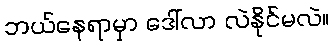
ဘယ်နေရာမှာ ဒေါ်လာ လဲနိုင်မလဲ။